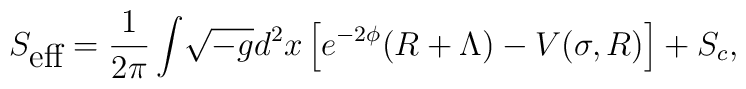
S_{\mbox{eff}}=\frac{1}{2\pi}\int\! \sqrt{-g} d^{2}x      \left[e^{-2\phi}(R+\Lambda)-V(\sigma,R)\right]     +S_{c},